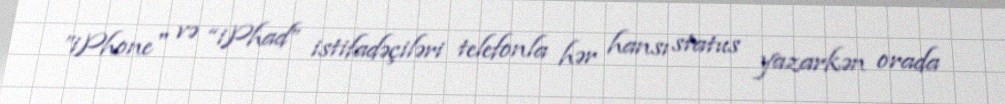
”iPhone" və “iPhad” istifadəçiləri telefonla hər hansı status yazarkən orada